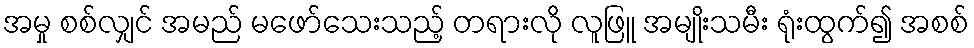
အမှု စစ်လျှင် အမည် မဖော်သေးသည့် တရားလို လူဖြူ အမျိုးသမီး ရုံးထွက်၍ အစစ်